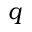
q